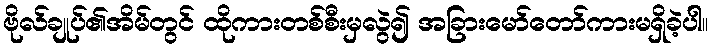
ဗိုလ်ချုပ်၏အိမ်တွင် ထိုကားတစ်စီးမှလွဲ၍ အခြားမော်တော်ကားမရှိခဲ့ပါ။